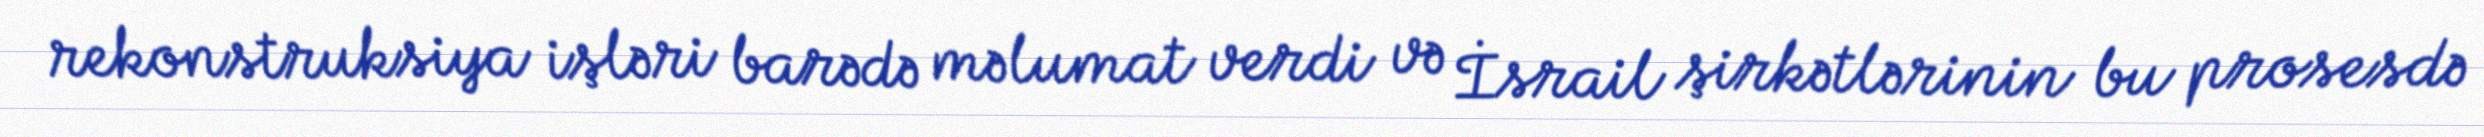
rekonstruksiya işləri barədə məlumat verdi və İsrail şirkətlərinin bu prosesdə